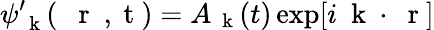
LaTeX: \psi_{\mathrm{~\mathbf~k~}}^{\prime}(\mathrm{~{~\mathbf~r~}~,~t~})=A_{\mathrm{~\mathbf~k~}}(t)\exp[i\mathrm{~\mathbf~k~}\cdot\mathrm{~\mathbf~r~}]